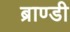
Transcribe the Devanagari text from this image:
ब्राण्डी